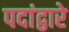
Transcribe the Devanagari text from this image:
पदांद्वारे